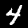
Label: 4